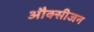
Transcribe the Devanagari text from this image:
औक्सीजन